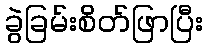
ခွဲခြမ်းစိတ်ဖြာပြီး